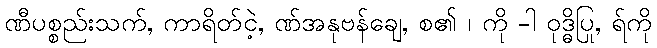
ဏီပစ္စည်းသက်, ကာရိတ်ငဲ့, ဏ်အနုဗန်ချေ, စ၏ ၊ ကို -ါ ဝုဒ္ဓိပြု, ရ်ကို